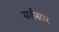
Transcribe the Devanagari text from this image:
सर्वसार